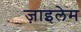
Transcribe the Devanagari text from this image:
ज़ाइलेम